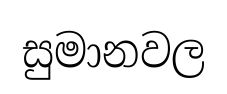
සුමානවල